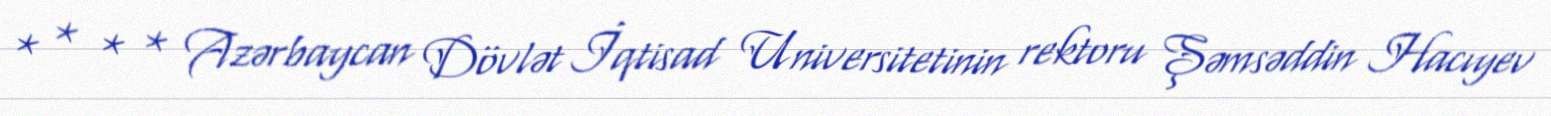
* * * * Azərbaycan Dövlət İqtisad Universitetinin rektoru Şəmsəddin Hacıyev